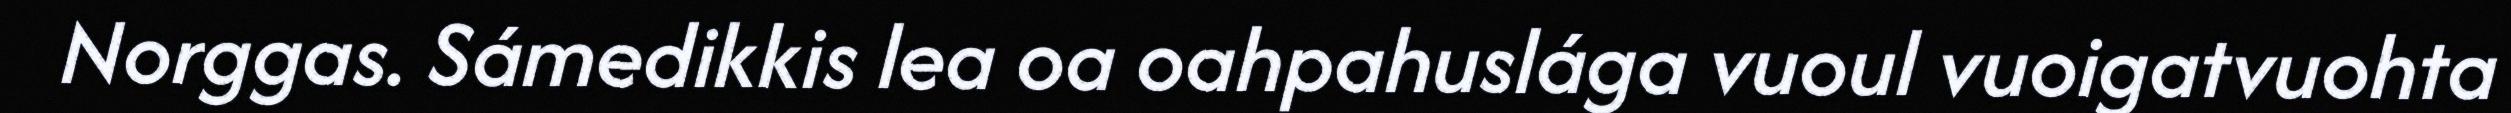
Norggas. Sámedikkis lea oa oahpahuslága vuoul vuoigatvuohta